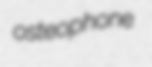
osteophone